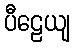
ပီဠေယျ